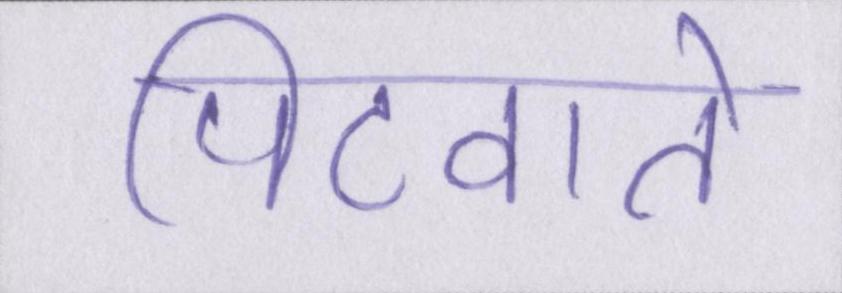
पिटवाते